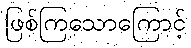
ဖြစ်ကြသောကြောင့်